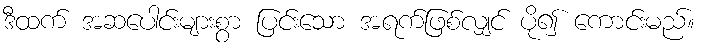
ဒီထက် အဆပေါင်းများစွာ ပြင်းသော အရက်ဖြစ်လျှင် ပို၍ ကောင်းမည်။